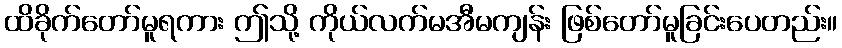
ထိခိုက်တော်မူရကား ဤသို့ ကိုယ်လက်မအီမကျန်း ဖြစ်တော်မူခြင်းပေတည်း။